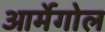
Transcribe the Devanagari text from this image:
आर्मेगोल